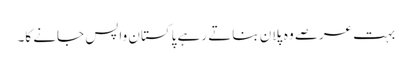
بہت عرصے وہ پلان بناتے رہے پاکستان واپس جانے کا۔